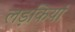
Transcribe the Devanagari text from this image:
लड़कियां